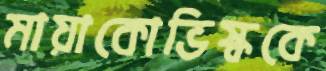
মায়াকোভিস্ককে